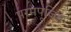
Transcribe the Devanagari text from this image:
परमपूजित